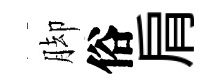
脚俗肩